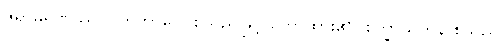
ဇရာမရဏဿ ပါတုဘာဝေါ စသည်ဖြင့် ဟောထား၏။ စက္ခာယတန စသည်